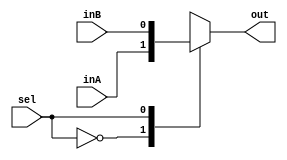
`timescale 1ns / 1ps
//////////////////////////////////////////////////////////////////////////////////
// Company: 
// Engineer: 
// 
// Design Name: 
// Module Name: Mux1Bit2To1
// Project Name: 
// Target Devices: 
// Tool Versions: 
// Description: 
// 
// Dependencies: 
// 
// Revision:
// Revision 0.01 - File Created
// Additional Comments:
// 
//////////////////////////////////////////////////////////////////////////////////


module Mux1Bit2To1(out, inA, inB, sel);
    input inA, inB, sel;
    output reg out;
    
    always@(inA, inB, sel) begin
        case(sel)
            1'b0: out <= inA;
            1'b1: out <= inB;
        endcase
    end
    
    

endmodule